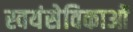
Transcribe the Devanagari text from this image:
स्वयंसेविकाओं